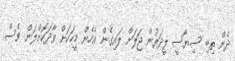
ދެން ތިބި ސިޔާސީ ލީދަރުން ޖަލަށް ލައިގެން އެހެން މީހަކަށް ވާދަކޮށްލަން ވެސް